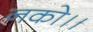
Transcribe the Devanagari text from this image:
नको।।